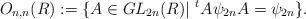
LaTeX: \begin{align*}O_{n,n}(R) := \{ A \in GL_{2n}(R) | \,\, ^{t}A\psi_{2n}A = \psi_{2n} \}.\end{align*}